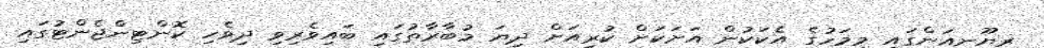
ރިޔޫނިއަންގައި މިމަހުގެ އެކަކުން އަށަކަށް ކުރިއަށް ދިޔަ މުބާރާތުގައި ބައިވެރިވި ދިވެހި ކޮންޓިންޖެންޓުގައި